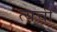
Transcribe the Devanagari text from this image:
त्यची